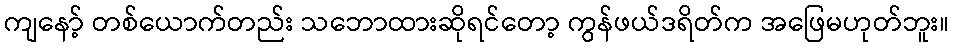
ကျနော့် တစ်ယောက်တည်း သဘောထားဆိုရင်တော့ ကွန်ဖယ်ဒရိတ်က အဖြေမဟုတ်ဘူး။